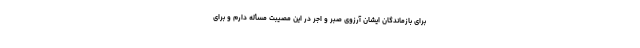
برای بازماندگان ایشان آرزوی صبر و اجر در این مصیبت مسأله دارم و برای